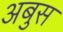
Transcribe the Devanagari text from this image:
अबुस